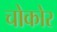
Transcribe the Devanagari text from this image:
चोकोर